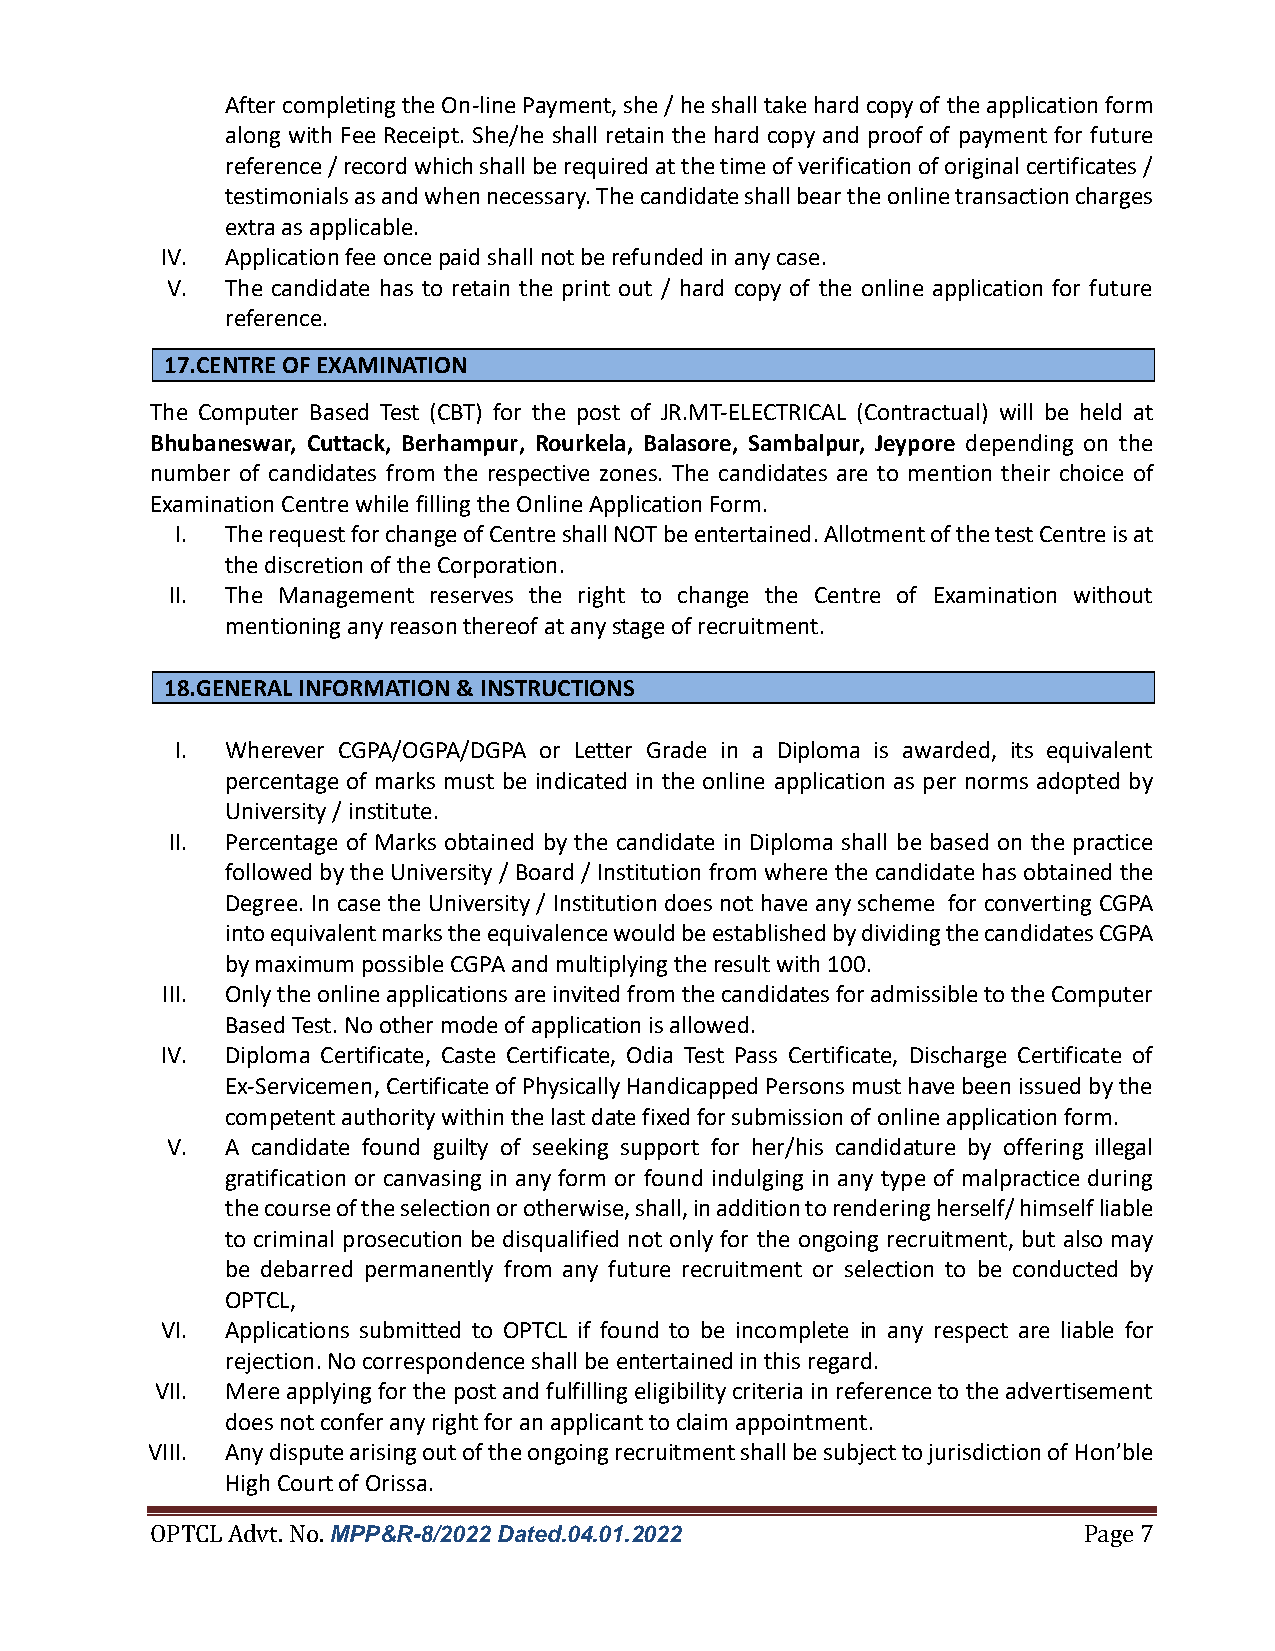
After completing the On-line Payment, she / he shall take hard copy of the application form
 along with Fee Receipt. She/he shall retain the hard copy and proof of payment for future
 reference / record which shall be required at the time of verification of original certificates /
 testimonials as and when necessary. The candidate shall bear the online transaction charges
 extra as applicable.
 IV. Application fee once paid shall not be refunded in any case.
 V.  The candidate has to retain the print out / hard copy of the online application for future
 reference.
 17.CENTRE OF EXAMINATION
 The Computer Based Test (CBT) for the post of JR.MT-ELECTRICAL (Contractual) will be held at
 Bhubaneswar, Cuttack, Berhampur, Rourkela, Balasore, Sambalpur, Jeypore depending on the
 number of candidates from the respective zones. The candidates are to mention their choice of
 Examination Centre while filling the Online Application Form.
 I. The request for change of Centre shall NOT be entertained. Allotment of the test Centre is at
 the discretion of the Corporation.
 II. The Management reserves the right to change the Centre of Examination without
 mentioning any reason thereof at any stage of recruitment.
 18.GENERAL INFORMATION & INSTRUCTIONS
 I. Wherever CGPA/OGPA/DGPA or Letter Grade in a Diploma is awarded, its equivalent
 percentage of marks must be indicated in the online application as per norms adopted by
 University / institute.
 II. Percentage of Marks obtained by the candidate in Diploma shall be based on the practice
 followed by the University / Board / Institution from where the candidate has obtained the
 Degree. In case the University / Institution does not have any scheme for converting CGPA
 into equivalent marks the equivalence would be established by dividing the candidates CGPA
 by maximum possible CGPA and multiplying the result with 100.
 III. Only the online applications are invited from the candidates for admissible to the Computer
 Based Test. No other mode of application is allowed.
 IV. Diploma Certificate, Caste Certificate, Odia Test Pass Certificate, Discharge Certificate of
 Ex-Servicemen, Certificate of Physically Handicapped Persons must have been issued by the
 competent authority within the last date fixed for submission of online application form.
 V.  A candidate found guilty of seeking support for her/his candidature by offering illegal
 gratification or canvasing in any form or found indulging in any type of malpractice during
 the course of the selection or otherwise, shall, in addition to rendering herself/ himself liable
 to criminal prosecution be disqualified not only for the ongoing recruitment, but also may
 be debarred permanently from any future recruitment or selection to be conducted by
 OPTCL,
 VI. Applications submitted to OPTCL if found to be incomplete in any respect are liable for
 rejection. No correspondence shall be entertained in this regard.
 VII. Mere applying for the post and fulfilling eligibility criteria in reference to the advertisement
 does not confer any right for an applicant to claim appointment.
 VIII. Any dispute arising out of the ongoing recruitment shall be subject to jurisdiction of Hon’ble
 High Court of Orissa.
 OPTCL Advt. No. MPP&R-8/2022 Dated.04.01.2022                 Page 7